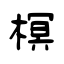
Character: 榠